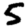
Digit: 5